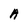
Character: A